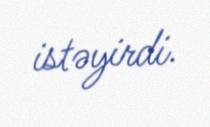
istəyirdi.